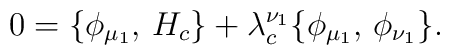
0 =\{\phi_{\mu_1},\,H_c \}+ \lambda_c^{\nu_1} \{\phi_{\mu_1},\, \phi_{\nu_1} \}.